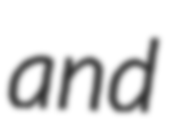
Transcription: and